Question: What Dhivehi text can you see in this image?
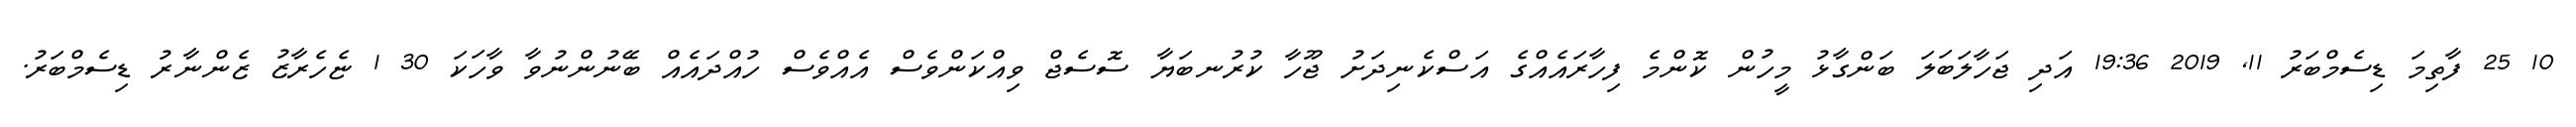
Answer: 10 25 ފާތިމަ ޑިސެމްބަރު 11, 2019 19:36 އަދި ޖަހާލަބަލަ ބަންގާޅު މީހުން ކޮންމެ ފިހާރައެއްގެ އަސްކެނިދަށު ޖޫހާ ކުރުނބަޔާ ސޮސެޖް ވިއްކަންވެސް އެއްވެސް ހުއްދައެއް ބޭނުންނުވާ ވާހަކަ 30 1 ޏެހެރާޒު ޒެންނާރު ޑިސެމްބަރު.